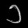
Digit: ၁